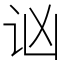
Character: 讻